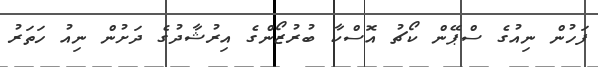
ފަހުން ނިއުގެ ސްޕޭން ކޯޗު އޮސްކާ ބުރުޒޯންގެ އިރުޝާދުގެ ދަށުން ނިއު ހަތަރު